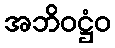
အဘိဝဋ္ဌံဝ